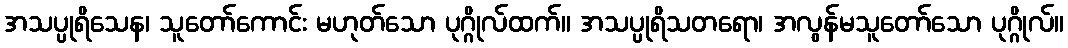
အသပ္ပုရိသေန၊ သူတော်ကောင်း မဟုတ်သော ပုဂ္ဂိုလ်ထက်။ အသပ္ပုရိသတရော၊ အလွန်မသူတော်သော ပုဂ္ဂိုလ်။